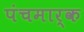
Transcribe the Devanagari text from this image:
पंचमार्क